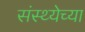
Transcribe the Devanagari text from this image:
संस्थ्येच्या